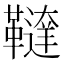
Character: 𩍠